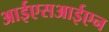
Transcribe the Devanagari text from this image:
आईएसआईएन